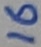
Text: 16